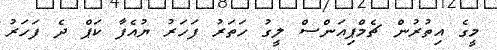
މީގެ އިތުރުން ޗެމްޕިއަންސް ލީގު ހަތަރު ފަހަރު ޔުއެފާ ކަޕް ދެ ފަހަރު